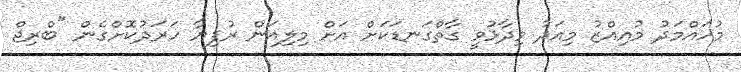
މުހައްމަދު މުއިއްޒު މިއަދު ވިދާޅުވީ ގާތްގަނޑަކަށް އަށް މިލިއަން ރުފިޔާ ހަރަދުކޮށްގެން "ބްރިޖް